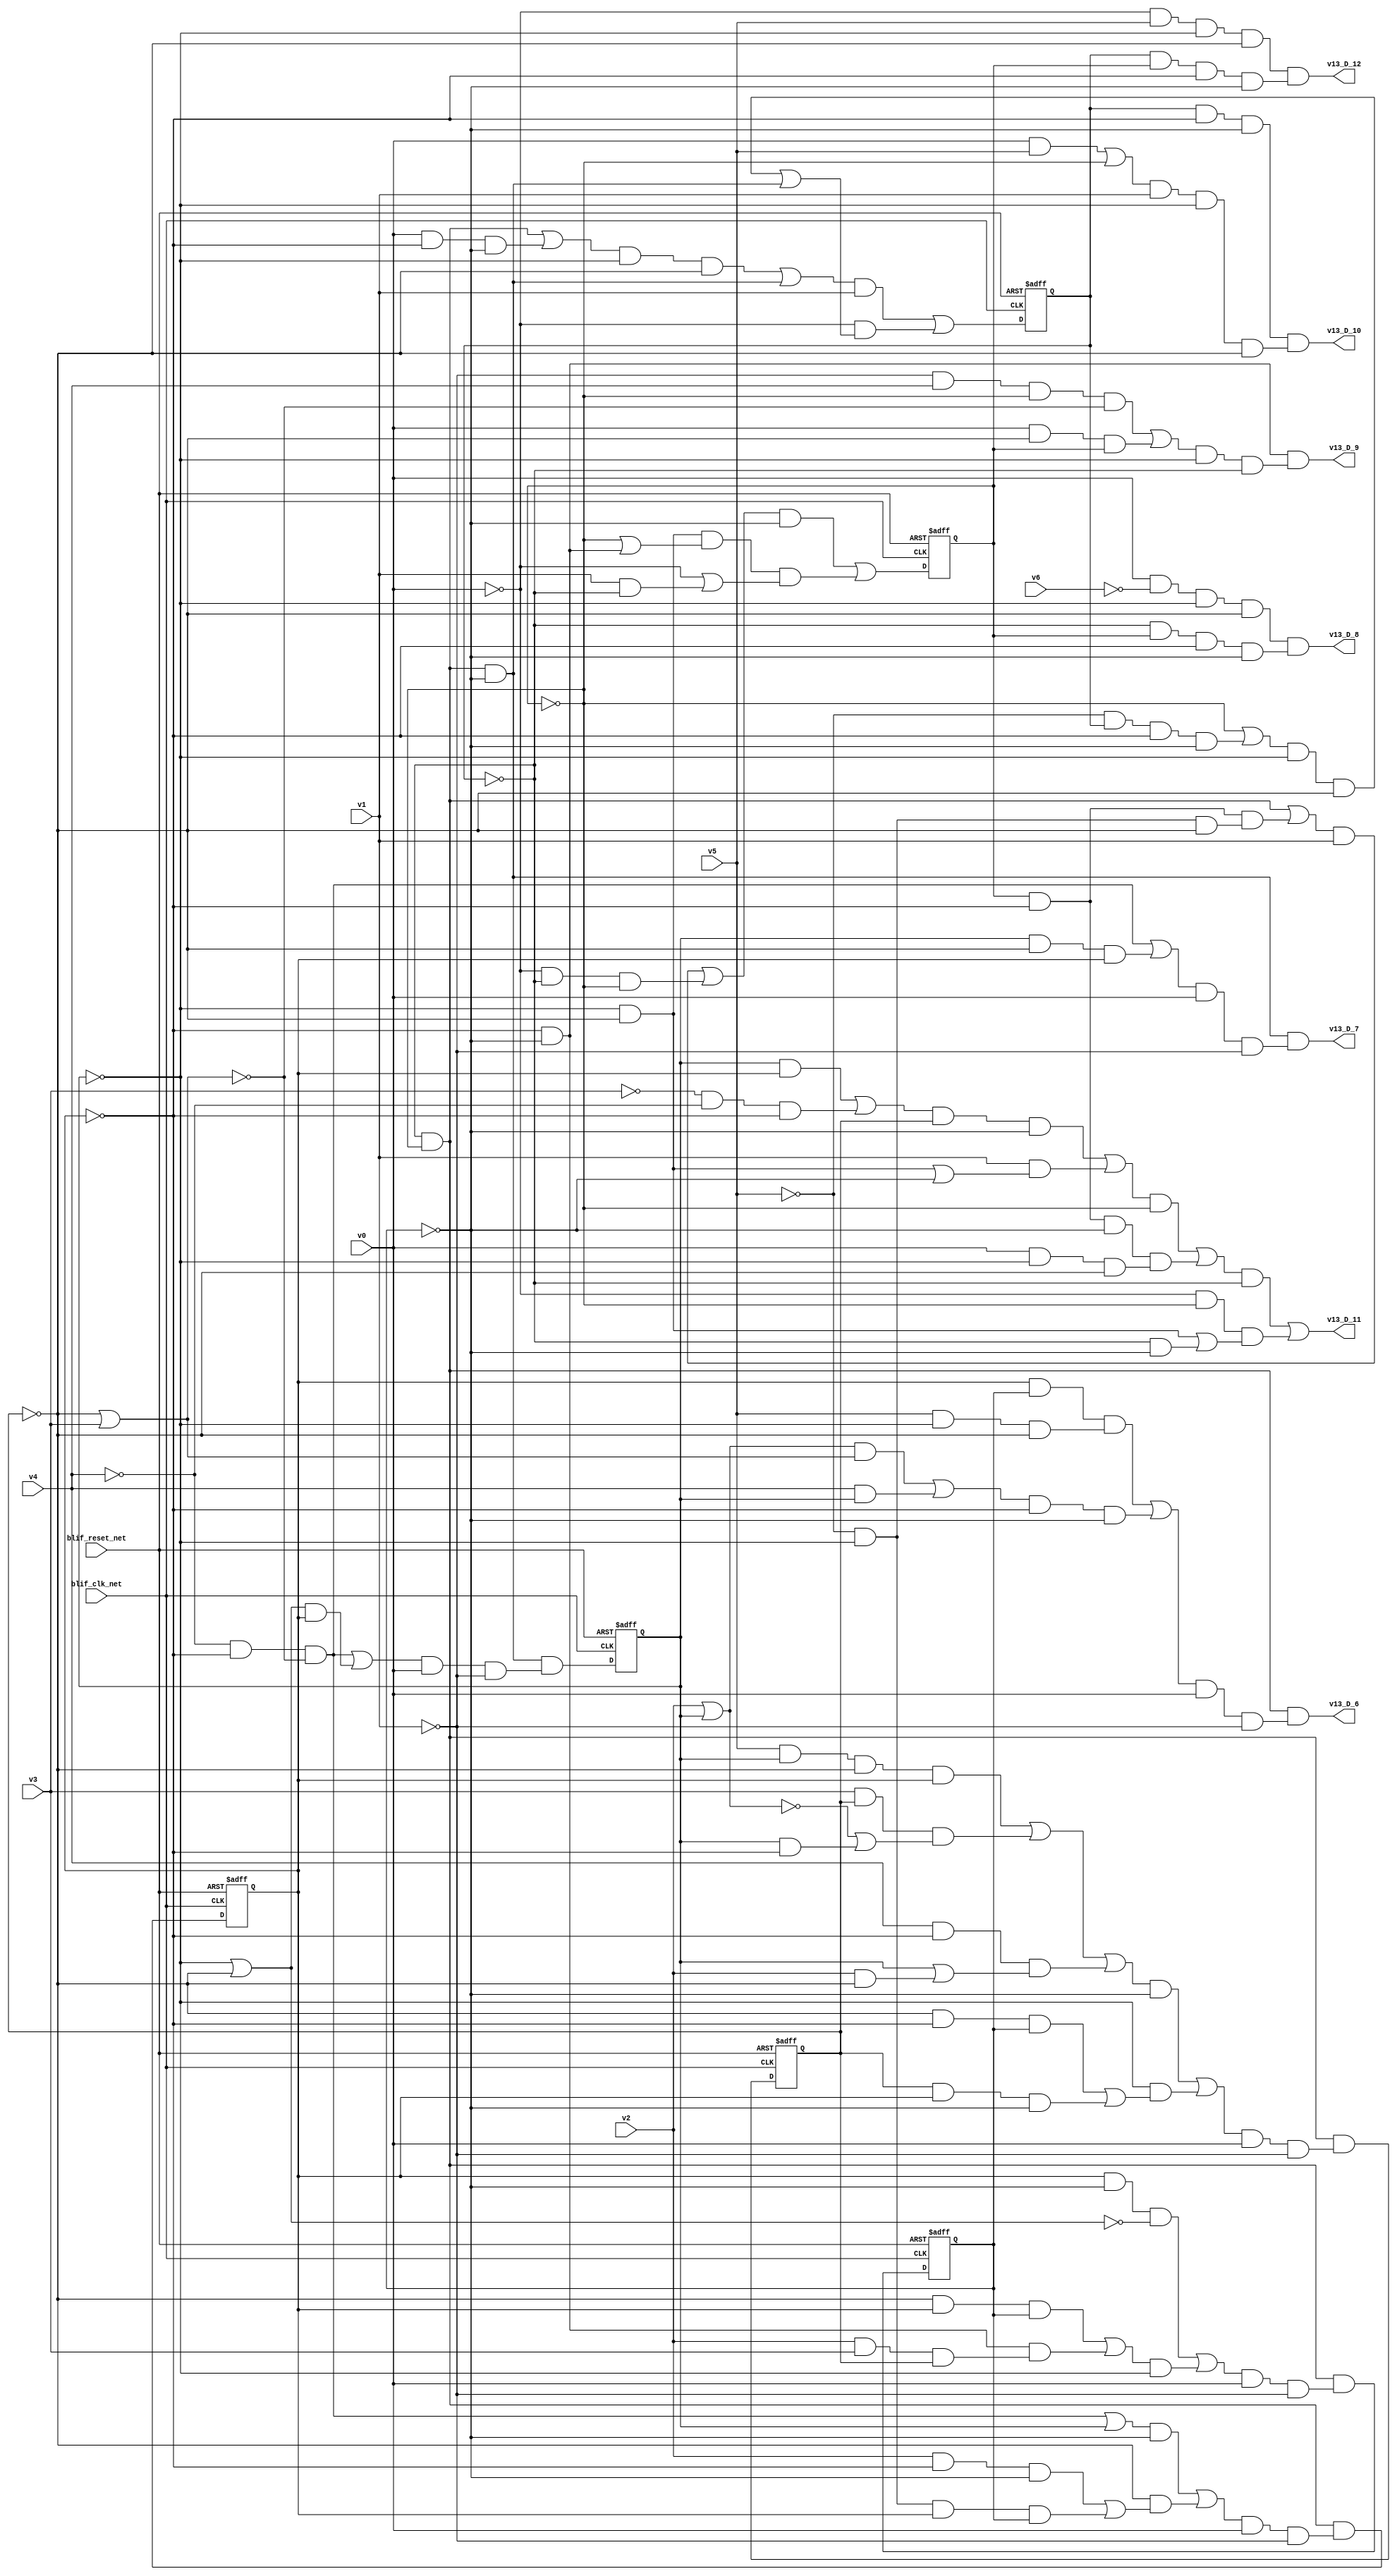
module s386_bench(
  blif_clk_net,
  blif_reset_net,
  v6,
  v5,
  v4,
  v3,
  v2,
  v1,
  v0,
  v13_D_12,
  v13_D_11,
  v13_D_10,
  v13_D_9,
  v13_D_8,
  v13_D_7,
  v13_D_6);
input blif_clk_net;
input blif_reset_net;
input v6;
input v5;
input v4;
input v3;
input v2;
input v1;
input v0;
output v13_D_12;
output v13_D_11;
output v13_D_10;
output v13_D_9;
output v13_D_8;
output v13_D_7;
output v13_D_6;
reg v12;
reg v11;
reg v10;
reg v9;
reg v8;
reg v7;
wire B30B;
wire IIII102;
wire II158;
wire IIII108;
wire Lv13_D_3;
wire IIII71;
wire Lv13_D_5;
wire IIII25;
wire II195;
wire II207;
wire B31B;
wire B42B;
wire IIII27;
wire II175;
wire II222;
wire IIII100;
wire B44B;
wire IIII39;
wire IIII28;
wire Lv13_D_9;
wire II64;
wire IIII77;
wire II124;
wire B45B;
wire IIII93;
wire Lv13_D_11;
wire IIII57;
wire IIII73;
wire IIII106;
wire IIII18;
wire IIII62;
wire Lv13_D_7;
wire B34Bbar;
wire IIII31;
wire II167;
wire B16B;
wire B29B;
wire IIII69;
wire IIII113;
wire IIII43;
wire v13_D_4;
wire II231;
wire B40B;
wire B26B;
wire IIII63;
wire II225;
wire IIII41;
wire v13_D_2;
wire v13_D_1;
wire IIII66;
wire B35Bbar;
wire IIII48;
wire v3bar;
wire Lv13_D_1;
wire IIII84;
wire II98;
wire IIII47;
wire B35B;
wire II148;
wire IIII22;
wire B38B;
wire B32B;
wire IIII74;
wire B19B;
wire B28B;
wire II171;
wire B23B;
wire Lv13_D_10;
wire II204;
wire v6bar;
wire IIII51;
wire IIII90;
wire II213;
wire B25B;
wire IIII53;
wire II89;
wire IIII96;
wire II210;
wire v7bar;
wire B36B;
wire v13_D_0;
wire B18B;
wire v12bar;
wire II234;
wire v0bar;
wire Lv13_D_2;
wire IIII98;
wire IIII35;
wire II104;
wire IIII87;
wire IIII54;
wire B15B;
wire v11bar;
wire IIII76;
wire B27B;
wire II201;
wire II97;
wire II198;
wire II65;
wire B43B;
wire IIII105;
wire II216;
wire IIII59;
wire B20B;
wire B39B;
wire B37B;
wire II228;
wire B14B;
wire v4bar;
wire IIII111;
wire B14Bbar;
wire Lv13_D_6;
wire IIII24;
wire B17B;
wire IIII30;
wire IIII17;
wire IIII36;
wire Lv13_D_4;
wire IIII103;
wire B33B;
wire B21B;
wire B24B;
wire IIII44;
wire v8bar;
wire IIII85;
wire IIII109;
wire v1bar;
wire v13_D_3;
wire B34B;
wire B22B;
wire IIII94;
wire IIII65;
wire IIII21;
wire II186;
wire Lv13_D_0;
wire Lv13_D_12;
wire II192;
wire IIII60;
wire IIII91;
wire Lv13_D_8;
wire IIII50;
wire IIII114;
wire II219;
wire IIII40;
wire II164;
wire IIII56;
wire v10bar;
wire IIII79;
wire B41B;
wire v9bar;
wire v13_D_5;
wire v5bar;
always @(posedge blif_clk_net or posedge blif_reset_net)
  if(blif_reset_net == 1)
    v12 <= 0;
  else
    v12 <= v13_D_5;
always @(posedge blif_clk_net or posedge blif_reset_net)
  if(blif_reset_net == 1)
    v11 <= 0;
  else
    v11 <= v13_D_4;
always @(posedge blif_clk_net or posedge blif_reset_net)
  if(blif_reset_net == 1)
    v10 <= 0;
  else
    v10 <= v13_D_3;
always @(posedge blif_clk_net or posedge blif_reset_net)
  if(blif_reset_net == 1)
    v9 <= 0;
  else
    v9 <= v13_D_2;
always @(posedge blif_clk_net or posedge blif_reset_net)
  if(blif_reset_net == 1)
    v8 <= 0;
  else
    v8 <= v13_D_1;
always @(posedge blif_clk_net or posedge blif_reset_net)
  if(blif_reset_net == 1)
    v7 <= 0;
  else
    v7 <= v13_D_0;
assign B30B = (IIII71)|(v7);
assign IIII102 = (v8bar&v11bar&v12);
assign II158 = (B39B&v7bar&v9bar);
assign IIII108 = (v7&v11);
assign v13_D_7 = ((~II213));
assign Lv13_D_3 = (IIII35)|(IIII36);
assign IIII71 = (v4bar&v11bar&B34Bbar);
assign Lv13_D_5 = (v9bar&v10bar&II167);
assign IIII25 = (v0bar&B22B);
assign II195 = (B20B&v0&v1bar);
assign II207 = ((~Lv13_D_9));
assign v13_D_12 = ((~II198));
assign B31B = (IIII43)|(IIII44);
assign B42B = (IIII111)|(v12bar);
assign IIII27 = (B44B&v10bar);
assign II175 = (v0&v7bar&v8bar);
assign II222 = ((~Lv13_D_4));
assign IIII100 = (v2&v8bar);
assign B44B = (IIII59)|(IIII60);
assign IIII39 = (v5&v7&v8bar&v11);
assign IIII28 = (v10&v11bar&v12bar&II175);
assign Lv13_D_9 = (v11bar&v12bar&II158);
assign II64 = (v0bar&v5&v7bar&v8bar);
assign IIII77 = (v0&v8bar&v10);
assign II124 = (B40B&v1&v7bar&v8bar);
assign B45B = (IIII27)|(IIII28);
assign IIII93 = (v9bar&v10bar);
assign Lv13_D_11 = (IIII17)|(IIII18);
assign IIII57 = (B32B&v7bar);
assign IIII73 = (v4bar&v11bar&B34Bbar);
assign IIII106 = (v5bar&v7bar&v11&v12);
assign IIII18 = (v0bar&v10bar&B41B);
assign IIII62 = (B23B&v7bar&v8bar);
assign Lv13_D_7 = (v9bar&v10bar&v12bar&II148);
assign B34Bbar = ((~B34B));
assign IIII31 = (B36B&v11bar&v12bar);
assign II167 = (B33B&v0&v1bar);
assign B16B = (B35Bbar)|(IIII69);
assign B29B = (IIII105)|(IIII106);
assign IIII69 = (v7&v11bar);
assign IIII113 = (v7bar&v8bar);
assign IIII43 = (B30B&v12bar);
assign v13_D_4 = ((~II222));
assign II231 = ((~Lv13_D_1));
assign B40B = (IIII98)|(v10bar);
assign B26B = (v0bar)|(IIII96);
assign IIII63 = (v9bar&v10bar&v12bar);
assign II225 = ((~Lv13_D_3));
assign IIII41 = (v4&v11bar&B17B);
assign v13_D_1 = ((~II231));
assign v13_D_2 = ((~II228));
assign v13_D_11 = ((~II201));
assign IIII66 = (v4&v7);
assign B35Bbar = ((~B35B));
assign IIII48 = (B14B&v11);
assign v3bar = ((~v3));
assign Lv13_D_1 = (v9bar&v10bar&II195);
assign IIII84 = (v8bar&v11&v12);
assign II98 = (v9bar&v10&v11bar&v12bar);
assign IIII47 = (v4bar&v11bar&B34Bbar);
assign B35B = (v2)|(v7);
assign II148 = (B38B&v0&v1bar);
assign IIII22 = (v7bar&B18B);
assign B38B = (IIII73)|(IIII74);
assign B32B = (IIII84)|(IIII85);
assign IIII74 = (v7&v8bar&v11);
assign B19B = (IIII39)|(IIII40)|(IIII41);
assign B28B = (IIII53)|(IIII54);
assign II171 = (v5&v7bar&v8bar);
assign B23B = (IIII90)|(IIII91);
assign Lv13_D_10 = (v9&v11bar&v12bar&II124);
assign II204 = ((~Lv13_D_10));
assign v6bar = ((~v6));
assign IIII51 = (v9bar&v10bar&v12bar);
assign IIII90 = (v9bar&v10bar);
assign II213 = ((~Lv13_D_7));
assign B25B = (v10bar)|(IIII79);
assign IIII53 = (B27B&v1);
assign II89 = (v5bar&v7bar&v8bar);
assign IIII96 = (v1&v9bar);
assign II210 = ((~Lv13_D_8));
assign v13_D_6 = ((~II216));
assign v7bar = ((~v7));
assign B36B = (IIII65)|(IIII66);
assign v13_D_0 = ((~II234));
assign B18B = (IIII102)|(IIII103);
assign v12bar = ((~v12));
assign v0bar = ((~v0));
assign II234 = ((~Lv13_D_0));
assign Lv13_D_2 = (IIII24)|(IIII25);
assign IIII98 = (v0&v5);
assign IIII35 = (B28B&v12bar);
assign II104 = (v2&v3&v8);
assign IIII87 = (v5bar&v9&v11bar&v12bar);
assign IIII54 = (v0bar&v9bar&v10bar);
assign B15B = (IIII47)|(IIII48);
assign v11bar = ((~v11));
assign IIII76 = (v1bar&v4&v10bar&B34Bbar);
assign v13_D_8 = ((~II210));
assign II201 = ((~Lv13_D_11));
assign II97 = (v0&v6bar&v7bar&v8bar);
assign B27B = (IIII93)|(IIII94);
assign II198 = ((~Lv13_D_12));
assign II65 = (v9&v10&v11bar&v12bar);
assign B43B = (IIII108)|(IIII109);
assign IIII105 = (v2&v11bar&v12bar);
assign II216 = ((~Lv13_D_6));
assign IIII59 = (B43B&v8&v12bar);
assign B20B = (IIII21)|(IIII22);
assign B39B = (IIII76)|(IIII77);
assign B37B = (IIII30)|(IIII31);
assign II228 = ((~Lv13_D_2));
assign B14B = (v7bar)|(v8bar);
assign v4bar = ((~v4));
assign IIII111 = (v7bar&v8bar);
assign IIII24 = (B24B&v1);
assign B14Bbar = ((~B14B));
assign Lv13_D_6 = (v9bar&v10bar&II192);
assign B17B = (v7)|(IIII100);
assign IIII17 = (B45B&v9bar);
assign IIII30 = (v11&v12&II171);
assign IIII36 = (v7bar&v8bar&B25B&B26B);
assign Lv13_D_4 = (v9bar&v10bar&II186);
assign v13_D_10 = ((~II204));
assign IIII103 = (v8&v11&v12bar);
assign B33B = (IIII56)|(IIII57);
assign B21B = (v10bar)|(IIII87);
assign B24B = (IIII62)|(IIII63);
assign v8bar = ((~v8));
assign IIII44 = (v8bar&B29B);
assign IIII85 = (v11bar&v12bar&II104);
assign IIII109 = (v3bar&v4bar&v11bar);
assign v1bar = ((~v1));
assign v13_D_3 = ((~II225));
assign B34B = (v8bar)|(v3);
assign B22B = (IIII50)|(IIII51);
assign IIII94 = (v10&v11bar&II89);
assign IIII65 = (B35B&B34B);
assign IIII21 = (B19B&v12bar);
assign II186 = (B31B&v0&v1bar);
assign Lv13_D_0 = (v9bar&v10bar&v12bar&II164);
assign Lv13_D_12 = (II64&II65);
assign II192 = (B37B&v0&v1bar);
assign IIII60 = (v1&B42B);
assign IIII91 = (v0&v11bar&v12bar);
assign Lv13_D_8 = (II97&II98);
assign IIII50 = (B21B&v7bar&v8bar);
assign IIII114 = (v9bar&v12bar);
assign v13_D_9 = ((~II207));
assign II219 = ((~Lv13_D_5));
assign II164 = (B15B&v0&v1bar);
assign IIII40 = (v3&v8&B16B);
assign IIII56 = (v11&v12bar&B14Bbar);
assign v10bar = ((~v10));
assign IIII79 = (v11bar&v12bar);
assign B41B = (IIII113)|(IIII114);
assign v13_D_5 = ((~II219));
assign v9bar = ((~v9));
assign v5bar = ((~v5));
endmodule